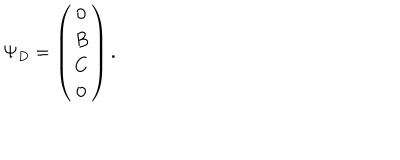
LaTeX: \Psi _ { D } = \left( \begin{array} { c } { { 0 } } \\ { { B } } \\ { { C } } \\ { { 0 } } \\ \end{array} \right) .